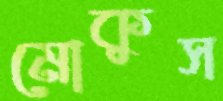
মোকুস